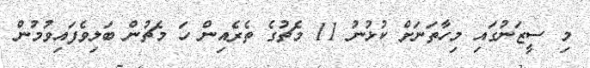
މި ސީޒަނުގައި މިހާތަނަށް ކުޅުނު 11 މެޗުގެ ތެރެއިން ހަ މެޗުން ބަލިވެފައިވުމުން